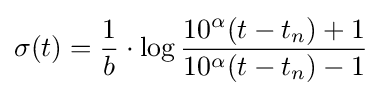
\sigma (t)={\frac {1}{b}}\cdot \log {\frac {10^{\alpha }(t-t_{n})+1}{10^{\alpha }(t-t_{n})-1}}